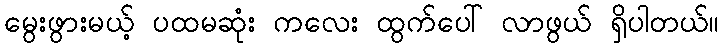
မွေးဖွားမယ့် ပထမဆုံး ကလေး ထွက်ပေါ် လာဖွယ် ရှိပါတယ်။